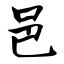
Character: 邑